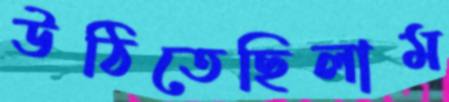
উঠিতেছিলাম